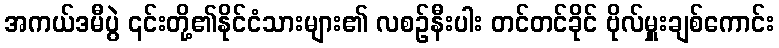
အကယ်ဒမီပွဲ ၎င်းတို့၏နိုင်ငံသားများ၏ လစဉ်နီးပါး တင်တင်ခိုင် ဗိုလ်မှူးချစ်ကောင်း